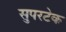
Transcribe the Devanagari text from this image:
सुपरटेक